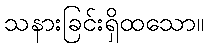
သနားခြင်းရှိထသော။